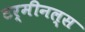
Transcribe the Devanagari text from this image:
टर्मीनल्स